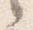
言